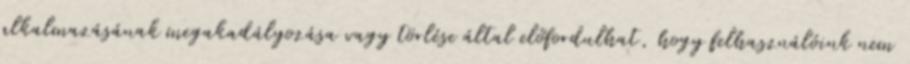
alkalmazásának megakadályozása vagy törlése által előfordulhat, hogy felhasználóink nem